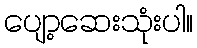
ပျော့ဆေးသုံးပါ။